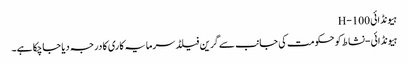
ہیونڈائی H-100
ہیونڈائی-نشاط کو حکومت کی جانب سے گرین فیلڈ سرمایہ کاری کا درجہ دیا جاچکا ہے۔